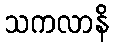
သကလာနိ